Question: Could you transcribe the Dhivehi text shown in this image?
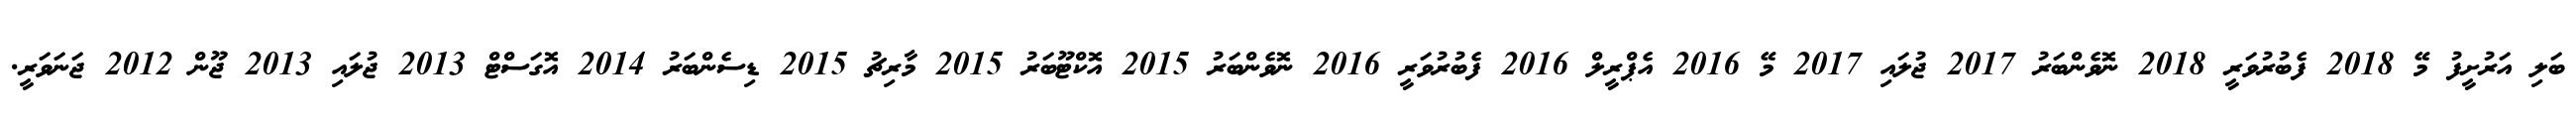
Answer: ބަލި އަރުށީފު މޭ 2018 ފެބުރުވަރީ 2018 ނޮވެންބަރު 2017 ޖުލައި 2017 މޭ 2016 އެޕްރީލް 2016 ފެބުރުވަރީ 2016 ނޮވެންބަރު 2015 އޮކްޓޫބަރު 2015 މާރިޗު 2015 ޑިސެންބަރު 2014 އޮގަސްޓް 2013 ޖުލައި 2013 ޖޫން 2012 ޖަނަވަރީ.